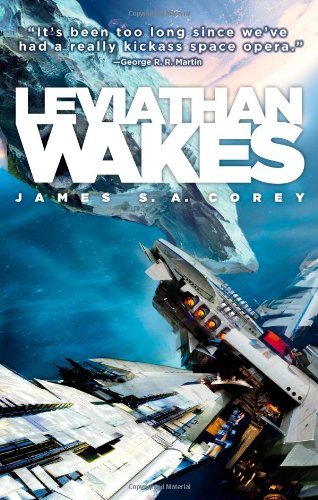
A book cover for Leviathan Wakes; James S.A. Corey; Science Fiction & Fantasy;